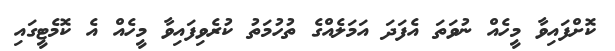
ކޮށްފައިވާ މީހެއް ނުވަތަ އެފަދަ އަމަލެއްގެ ތުހުމަތު ކުރެވިފައިވާ މީހެއް އެ ކޮމެޓީގައި